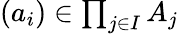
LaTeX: \textstyle(a_{i})\in\prod_{j\in I}A_{j}